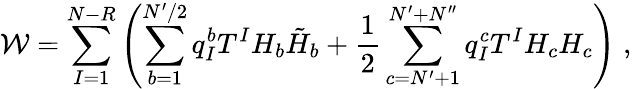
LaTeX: {\cal W}=\sum_{I=1}^{N-R}\left(\sum_{b=1}^{N^{\prime}/2}q_{I}^{b}T^{I}H_{b}\tilde{H}_{b}+\frac{1}{2}\sum_{c=N^{\prime}+1}^{N^{\prime}+N^{\prime\prime}}q_{I}^{c}T^{I}H_{c}H_{c}\right)\; ,